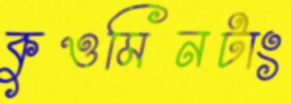
কুওমিনটাং